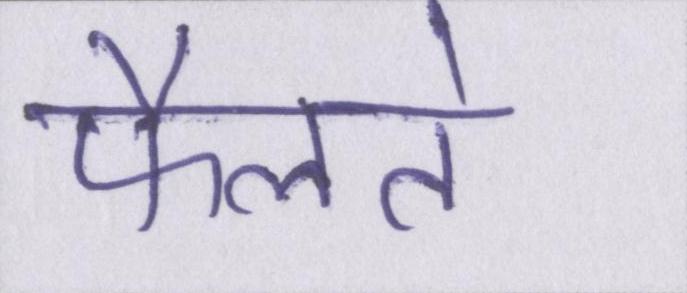
फैलते